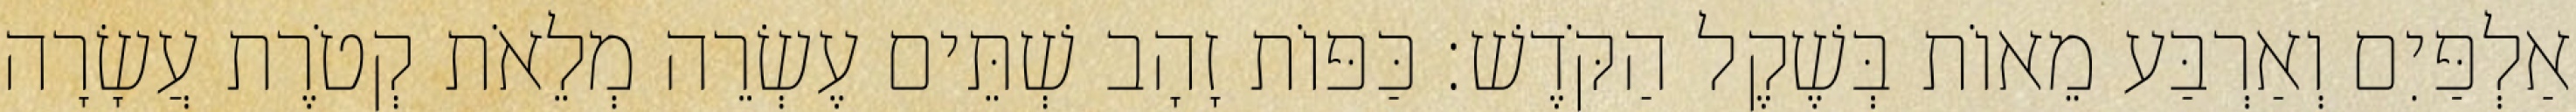
אַלְפַּיִם וְאַרְבַּע מֵאוֹת בְּשֶׁקֶל הַקֹּדֶשׁ׃ כַּפּוֹת זָהָב שְׁתֵּים עֶשְׂרֵה מְלֵאֹת קְטֹרֶת עֲשָׂרָה